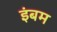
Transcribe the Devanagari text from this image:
इंबम